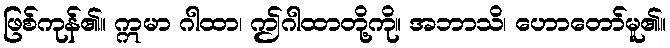
ဖြစ်ကုန်၏။ ဣမာ ဂါထာ၊ ဤဂါထာတို့ကို။ အဘာသိ၊ ဟောတော်မူ၏။